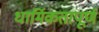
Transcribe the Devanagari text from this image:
धार्मिकतापूर्ण